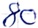
Text: 80